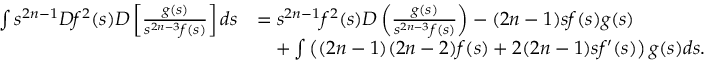
\begin{array} { r l } { \int s ^ { 2 n - 1 } D f ^ { 2 } ( s ) D \left[ \frac { g ( s ) } { s ^ { 2 n - 3 } f ( s ) } \right] d s } & { = s ^ { 2 n - 1 } f ^ { 2 } ( s ) D \left( \frac { g ( s ) } { s ^ { 2 n - 3 } f ( s ) } \right) - ( 2 n - 1 ) s f ( s ) g ( s ) } \\ & { \quad + \int \left( ( 2 n - 1 ) ( 2 n - 2 ) f ( s ) + 2 ( 2 n - 1 ) s f ^ { \prime } ( s ) \right) g ( s ) d s . } \end{array}